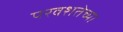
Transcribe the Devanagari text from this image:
परवशतेच्या